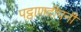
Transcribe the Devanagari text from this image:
पट्ठाणदीपनी